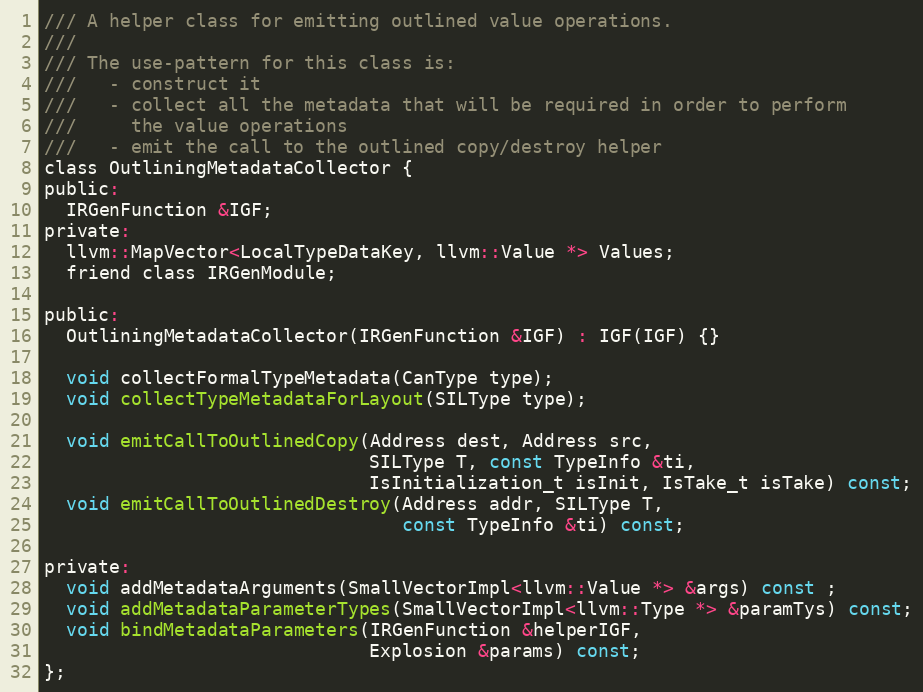
Language: C
/// A helper class for emitting outlined value operations.
///
/// The use-pattern for this class is:
///   - construct it
///   - collect all the metadata that will be required in order to perform
///     the value operations
///   - emit the call to the outlined copy/destroy helper
class OutliningMetadataCollector {
public:
  IRGenFunction &IGF;
private:
  llvm::MapVector<LocalTypeDataKey, llvm::Value *> Values;
  friend class IRGenModule;

public:
  OutliningMetadataCollector(IRGenFunction &IGF) : IGF(IGF) {}

  void collectFormalTypeMetadata(CanType type);
  void collectTypeMetadataForLayout(SILType type);

  void emitCallToOutlinedCopy(Address dest, Address src,
                              SILType T, const TypeInfo &ti,
                              IsInitialization_t isInit, IsTake_t isTake) const;
  void emitCallToOutlinedDestroy(Address addr, SILType T,
                                 const TypeInfo &ti) const;

private:
  void addMetadataArguments(SmallVectorImpl<llvm::Value *> &args) const ;
  void addMetadataParameterTypes(SmallVectorImpl<llvm::Type *> &paramTys) const;
  void bindMetadataParameters(IRGenFunction &helperIGF,
                              Explosion &params) const;
};